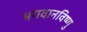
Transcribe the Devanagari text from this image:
भगवानविष्णु